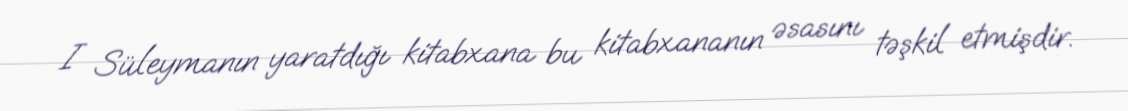
I Süleymanın yaratdığı kitabxana bu kitabxananın əsasını təşkil etmişdir.